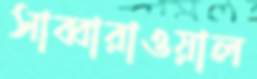
সাব্বারাওয়াল